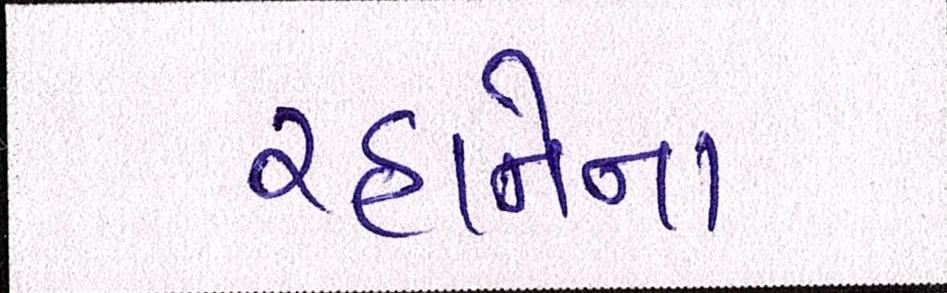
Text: રહાનેના